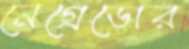
নেগ্রেডোর